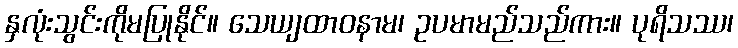
နှလုံးသွင်းကိုမပြုနိုင်။ သေယျထာဝနာမ၊ ဥပမာမည်သည်ကား။ ပုရိသဿ၊